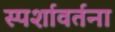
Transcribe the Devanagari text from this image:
स्पर्शावर्तना